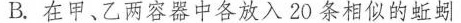
B.在甲、乙两容器中各放入20条相似的蚯蚓